Scottish Certificate of Education, 1963
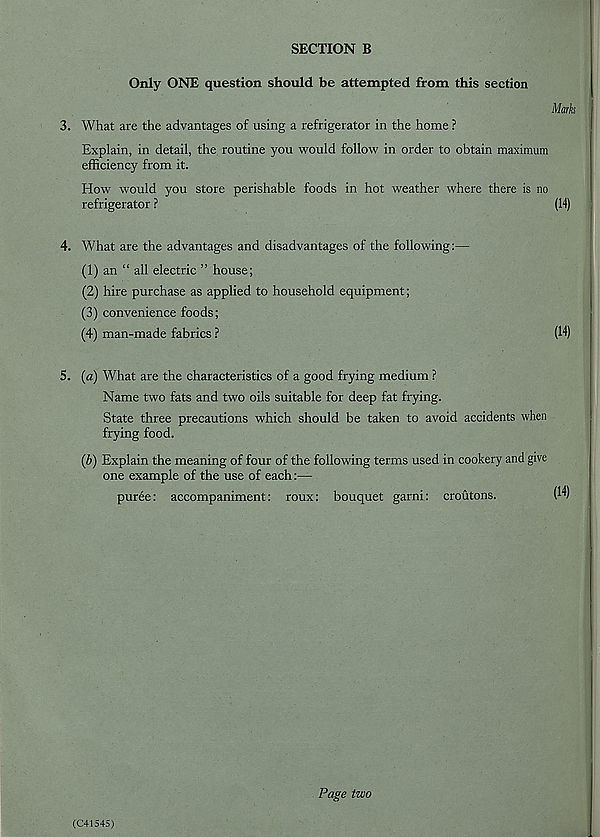
SECTION B
Only ONE question should be attempted from this section
Marks
3. What are the advantages of using a refrigerator in the home ?
Explain, in detail, the routine you would follow in order to obtain maximum
efficiency from it.
How would you store perishable foods in hot weather where there is no
refrigerator ?
(14)
4. What are the advantages and disadvantages of the following:—
(1) an “ all electric ” house;
(2) hire purchase as applied to household equipment;
(3) convenience foods;
(4) man-made fabrics ?
(14)
5. (a) What are the characteristics of a good frying medium ?
Name two fats and two oils suitable for deep fat frying.
State three precautions which should be taken to avoid accidents when
frying food.
(b) Explain the meaning of four of the following terms used in cookery and give
one example of the use of each:—
puree: accompaniment: roux: bouquet garni: croutons.
(I 1 !)
Page two
(C41545)